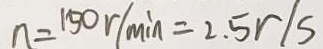
n = 1 5 0 r / \min = 2 . 5 r / s